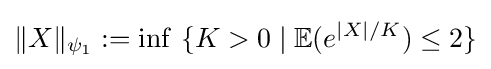
\|X\|_{\psi _{1}}:=\inf \ \{K>0\mid {\mathbb {E}}(e^{|X|/K})\leq 2\}